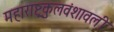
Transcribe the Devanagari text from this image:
महाराष्ट्रकुलवंशावली